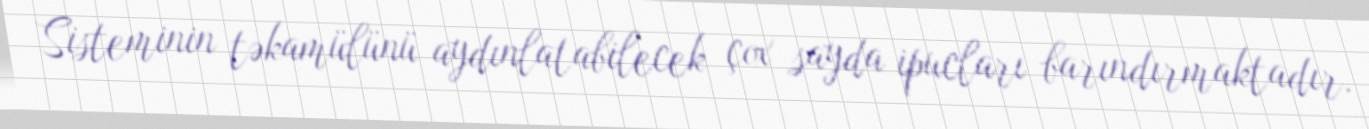
Sisteminin təkamülünü aydınlatabilecek çox sayda ipucları barındırmaktadır.